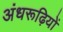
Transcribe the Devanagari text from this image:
अंधरूढ़ियों